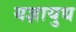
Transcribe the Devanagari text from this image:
यज्ञायुध